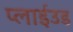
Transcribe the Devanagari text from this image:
प्लाईउड